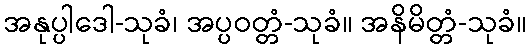
အနုပ္ပါဒေါ-သုခံ၊ အပ္ပဝတ္တံ-သုခံ။ အနိမိတ္တံ-သုခံ။